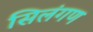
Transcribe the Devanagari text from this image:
सिलंगण